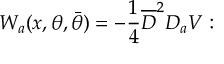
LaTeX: W _ { a } ( x , \theta , \bar { \theta } ) = - \frac { 1 } { 4 } \overline { { { D } } } ^ { 2 } D _ { a } V :